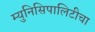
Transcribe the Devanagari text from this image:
म्युनिसिपालिटीचा